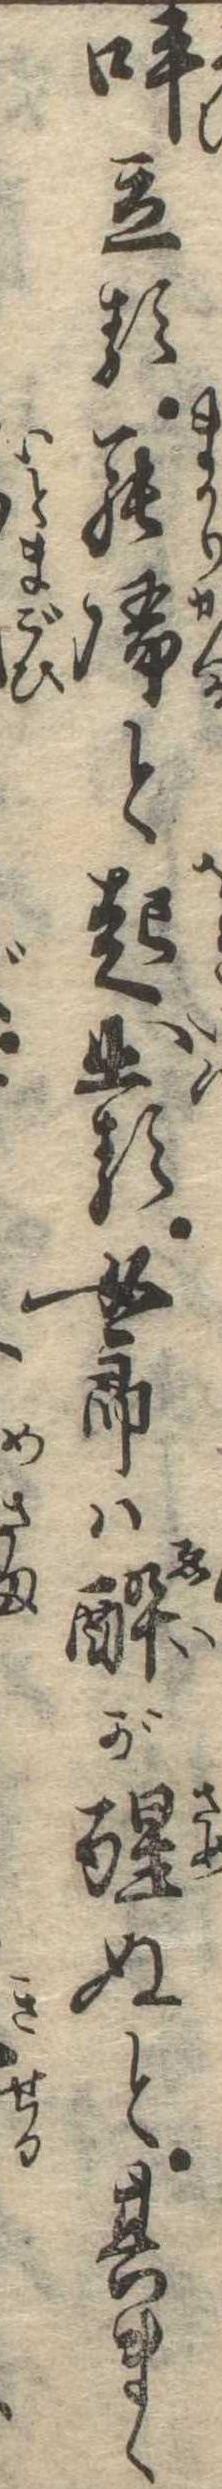
呼立る罷帰と起出る女郎は酔が醒ぬと其まゝ